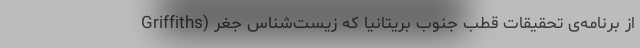
Griffiths) از برنامه‌ی تحقیقات قطب جنوب بریتانیا که زیست‌شناس جغر